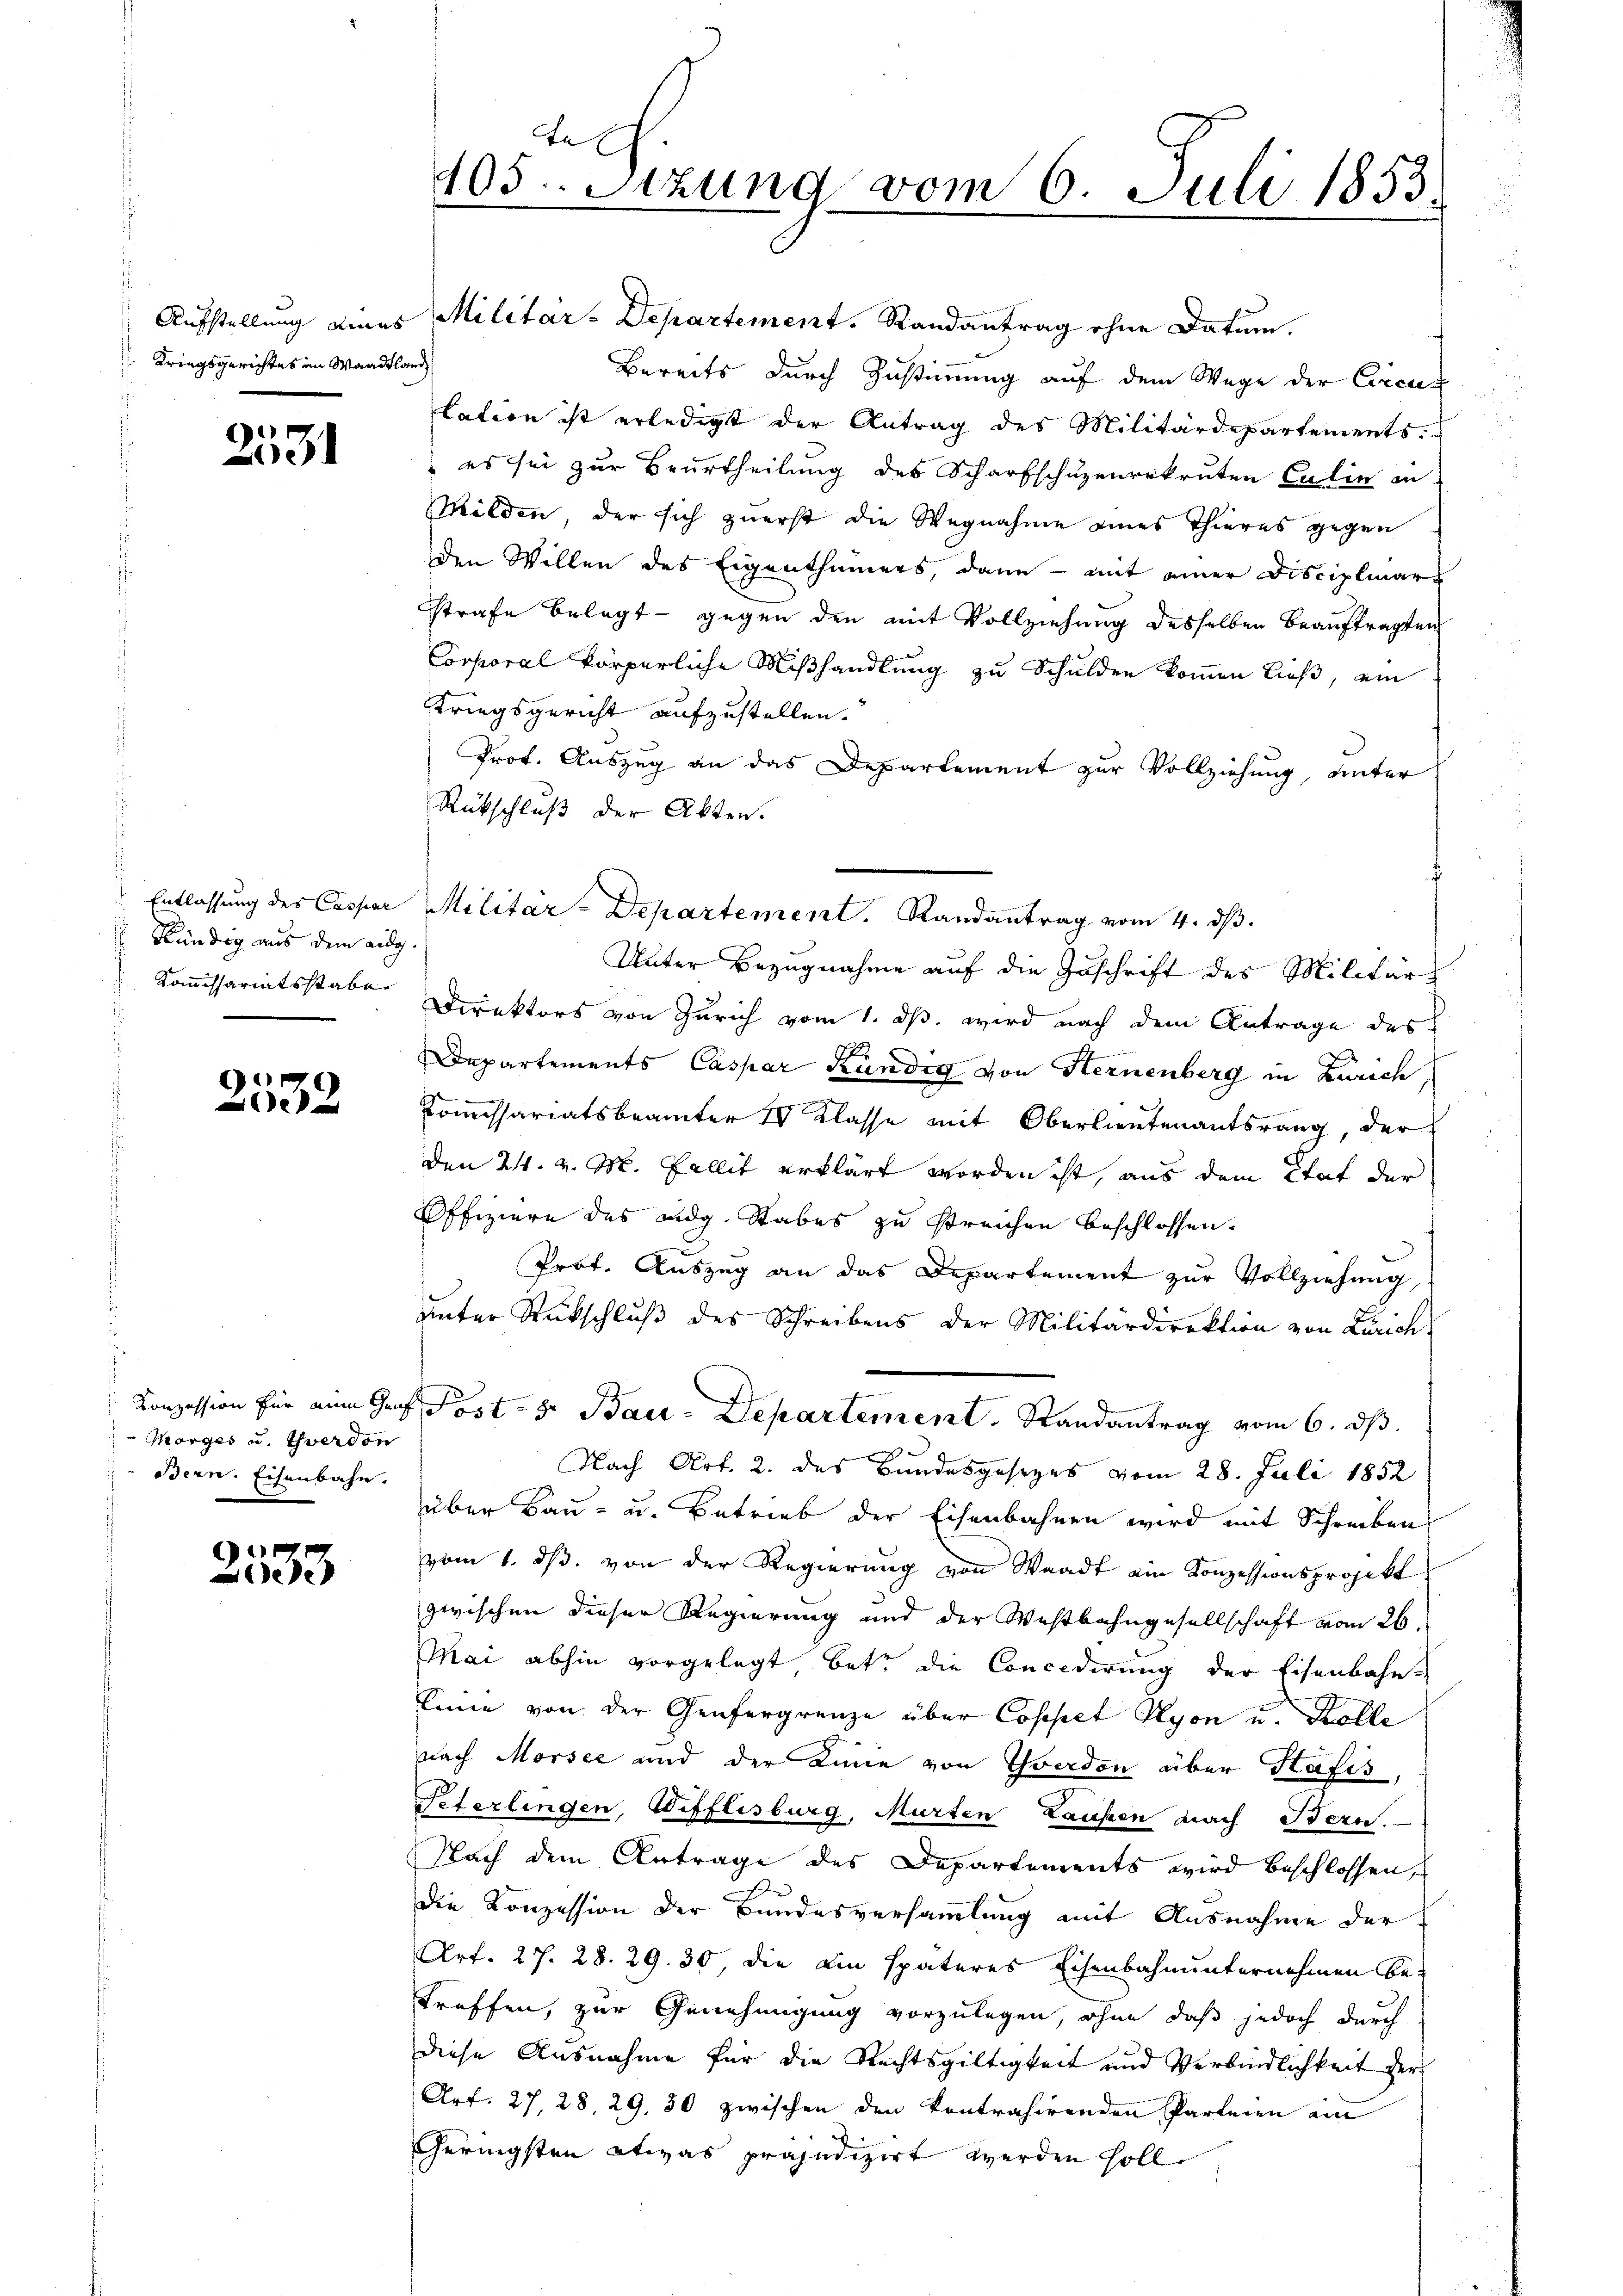
Kriegsgerichtes in Waadtland

2531

Kündig aus dem aug.
Kommissariatsstabe

x
Zisch

Morges u. Yverdon
Bern. Eisenbahn.

6
ede

el
405. Stzung vom 6. Juli 1853.

Aufstellung eines Militär-Departement. Randantrag ohne Datum.
Bereits durch Zustimmung auf dem Wege der Circu
lation ist erledigt der Antrag des Militärdepartements.
 es sei zur Beurtheilung des Scharfschuzenrekruten Calin in
Milden, der sich zuerst die Wegnahme eines Thieres gegen
den Willen des Eigenthümers, dann - mit einer Disciplinar
strafe belegt - gegen den mit Vollziehung desselben beauftragten
Corporal körperliche Mißhandlung zu Schulden kommen ließ, ein
Striegsgericht aufzustellen.
Prot. Auszug an das Departement zur Vollziehung, unter
Rückschluß der Akten.
Unter Bezugnahme auf die Zuschrift des Militärs
Direktors von Zürich vom 1. ds. wird nach dem Antrage des
Pfr
Departements Caspar Kundig von Hernenberg in Zürich
Kommissariatsbeamter IV Klasse mit Oberlieutenantsrang, der
den 24. v. M. Fallit erklärt worden ist, aus dem Etat der
Offiziere des eidg. Stabes zu streichen beschlossen.
Prof. Auszug an das Departement zur Vollziehung,
unter Rückschluß des Schreibens der Militärdirektion von Zürich-
Conzession für eine Graf Post- 8. Bau-Departement. Randantrag vom 6. ds.
2
Nach Art. 2. des Bundesgesezes vom 28. Juli 1852
über Bau- u. Betrieb der Eisenbahnen wird mit Schreiben
vom 1. ds. von der Regierung von Waadt ein Konzessionsprojekt
zwischen dieser Regierung und der Westbahngesellschaft vom 26.
Mai abhin vorgelegt betr. die Concidirung der Eisenbahn-
Linie von der Genfergrenze über Coppet Nyon u. Kolle
nach Morsee und der Linie von Yverdon über Hafis,
Peterlingen, Wifflisburg, Murten Laufen nach Bern.
Nach dem Antrage des Departements wird beschlossen,
die Konzession der Bundesversammlung mit Ausnahme der
Art. 27. 28. 29. 30, die ein späteres Eisenbahnunternehmen betreffen, zur Genehmigung vorzulegen, ohne daß jedoch durch
diese Ausnahme für die Rechtsgültigkeit und Verbindlichkeit der
Art. 27, 28, 29. 50 zwischen den kontrahirenden Parteien ein
Geringsten etwas präjudizirt werden soll.

" Entlassung des Caspar Militar-Departement. Randantrag vom 4. ds.